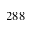
2 8 8